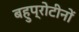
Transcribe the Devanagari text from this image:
बहुप्रोटीनों